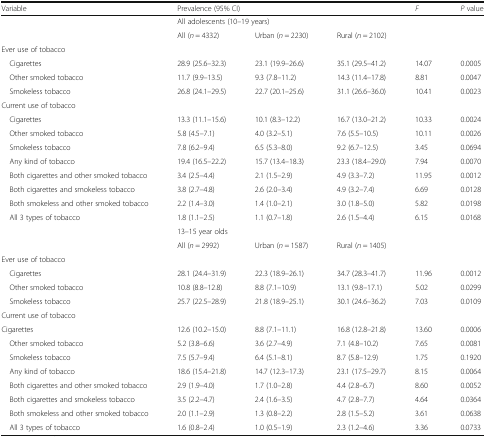
<table><thead><tr><td><b>Variable</b></td><td colspan="3"><b>Prevalence (95% CI)</b></td><td><b><i>F</i></b></td><td><b><i>P</i> value</b></td></tr></thead><tbody><tr><td rowspan="2"></td><td colspan="5">All adolescents (10–19 years)</td></tr><tr><td>All (<i>n</i> = 4332)</td><td>Urban (<i>n</i> = 2230)</td><td>Rural (<i>n</i> = 2102)</td><td></td><td></td></tr><tr><td colspan="6">Ever use of tobacco</td></tr><tr><td> Cigarettes</td><td>28.9 (25.6–32.3)</td><td>23.1 (19.9–26.6)</td><td>35.1 (29.5–41.2)</td><td>14.07</td><td>0.0005</td></tr><tr><td> Other smoked tobacco</td><td>11.7 (9.9–13.5)</td><td>9.3 (7.8–11.2)</td><td>14.3 (11.4–17.8)</td><td>8.81</td><td>0.0047</td></tr><tr><td> Smokeless tobacco</td><td>26.8 (24.1–29.5)</td><td>22.7 (20.1–25.6)</td><td>31.1 (26.6–36.0)</td><td>10.41</td><td>0.0023</td></tr><tr><td colspan="6">Current use of tobacco</td></tr><tr><td> Cigarettes</td><td>13.3 (11.1–15.6)</td><td>10.1 (8.3–12.2)</td><td>16.7 (13.0–21.2)</td><td>10.33</td><td>0.0024</td></tr><tr><td> Other smoked tobacco</td><td>5.8 (4.5–7.1)</td><td>4.0 (3.2–5.1)</td><td>7.6 (5.5–10.5)</td><td>10.11</td><td>0.0026</td></tr><tr><td> Smokeless tobacco</td><td>7.8 (6.2–9.4)</td><td>6.5 (5.3–8.0)</td><td>9.2 (6.7–12.5)</td><td>3.45</td><td>0.0694</td></tr><tr><td> Any kind of tobacco</td><td>19.4 (16.5–22.2)</td><td>15.7 (13.4–18.3)</td><td>23.3 (18.4–29.0)</td><td>7.94</td><td>0.0070</td></tr><tr><td> Both cigarettes and other smoked tobacco</td><td>3.4 (2.5–4.4)</td><td>2.1 (1.5–2.9)</td><td>4.9 (3.3–7.2)</td><td>11.95</td><td>0.0012</td></tr><tr><td> Both cigarettes and smokeless tobacco</td><td>3.8 (2.7–4.8)</td><td>2.6 (2.0–3.4)</td><td>4.9 (3.2–7.4)</td><td>6.69</td><td>0.0128</td></tr><tr><td> Both smokeless and other smoked tobacco</td><td>2.2 (1.4–3.0)</td><td>1.4 (1.0–2.1)</td><td>3.0 (1.8–5.0)</td><td>5.82</td><td>0.0198</td></tr><tr><td> All 3 types of tobacco</td><td>1.8 (1.1–2.5)</td><td>1.1 (0.7–1.8)</td><td>2.6 (1.5–4.4)</td><td>6.15</td><td>0.0168</td></tr><tr><td rowspan="2"></td><td colspan="5">13–15 year olds</td></tr><tr><td>All (<i>n</i> = 2992)</td><td>Urban (<i>n</i> = 1587)</td><td>Rural (<i>n</i> = 1405)</td><td></td><td></td></tr><tr><td colspan="6">Ever use of tobacco</td></tr><tr><td> Cigarettes</td><td>28.1 (24.4–31.9)</td><td>22.3 (18.9–26.1)</td><td>34.7 (28.3–41.7)</td><td>11.96</td><td>0.0012</td></tr><tr><td> Other smoked tobacco</td><td>10.8 (8.8–12.8)</td><td>8.8 (7.1–10.9)</td><td>13.1 (9.8–17.1)</td><td>5.02</td><td>0.0299</td></tr><tr><td> Smokeless tobacco</td><td>25.7 (22.5–28.9)</td><td>21.8 (18.9–25.1)</td><td>30.1 (24.6–36.2)</td><td>7.03</td><td>0.0109</td></tr><tr><td colspan="6">Current use of tobacco</td></tr><tr><td>Cigarettes</td><td>12.6 (10.2–15.0)</td><td>8.8 (7.1–11.1)</td><td>16.8 (12.8–21.8)</td><td>13.60</td><td>0.0006</td></tr><tr><td> Other smoked tobacco</td><td>5.2 (3.8–6.6)</td><td>3.6 (2.7–4.9)</td><td>7.1 (4.8–10.2)</td><td>7.65</td><td>0.0081</td></tr><tr><td> Smokeless tobacco</td><td>7.5 (5.7–9.4)</td><td>6.4 (5.1–8.1)</td><td>8.7 (5.8–12.9)</td><td>1.75</td><td>0.1920</td></tr><tr><td> Any kind of tobacco</td><td>18.6 (15.4–21.8)</td><td>14.7 (12.3–17.3)</td><td>23.1 (17.5–29.7)</td><td>8.15</td><td>0.0064</td></tr><tr><td> Both cigarettes and other smoked tobacco</td><td>2.9 (1.9–4.0)</td><td>1.7 (1.0–2.8)</td><td>4.4 (2.8–6.7)</td><td>8.60</td><td>0.0052</td></tr><tr><td> Both cigarettes and smokeless tobacco</td><td>3.5 (2.2–4.7)</td><td>2.4 (1.6–3.5)</td><td>4.7 (2.8–7.7)</td><td>4.64</td><td>0.0364</td></tr><tr><td> Both smokeless and other smoked tobacco</td><td>2.0 (1.1–2.9)</td><td>1.3 (0.8–2.2)</td><td>2.8 (1.5–5.2)</td><td>3.61</td><td>0.0638</td></tr><tr><td> All 3 types of tobacco</td><td>1.6 (0.8–2.4)</td><td>1.0 (0.5–1.9)</td><td>2.3 (1.2–4.6)</td><td>3.36</td><td>0.0733</td></tr></tbody></table>